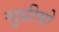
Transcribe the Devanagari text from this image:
सु्प्रीमो